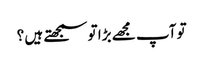
تو آپ مجھے بڑا تو سمجھتے ہیں ؟